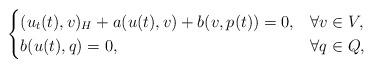
LaTeX: \begin{align*}\begin{cases}(u_t(t), v)_H + a(u(t),v) + b(v,p(t)) = 0 , & \forall v \in V, \\b(u(t),q) = 0, & \forall q \in Q,\end{cases}\end{align*}